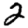
Digit: 2